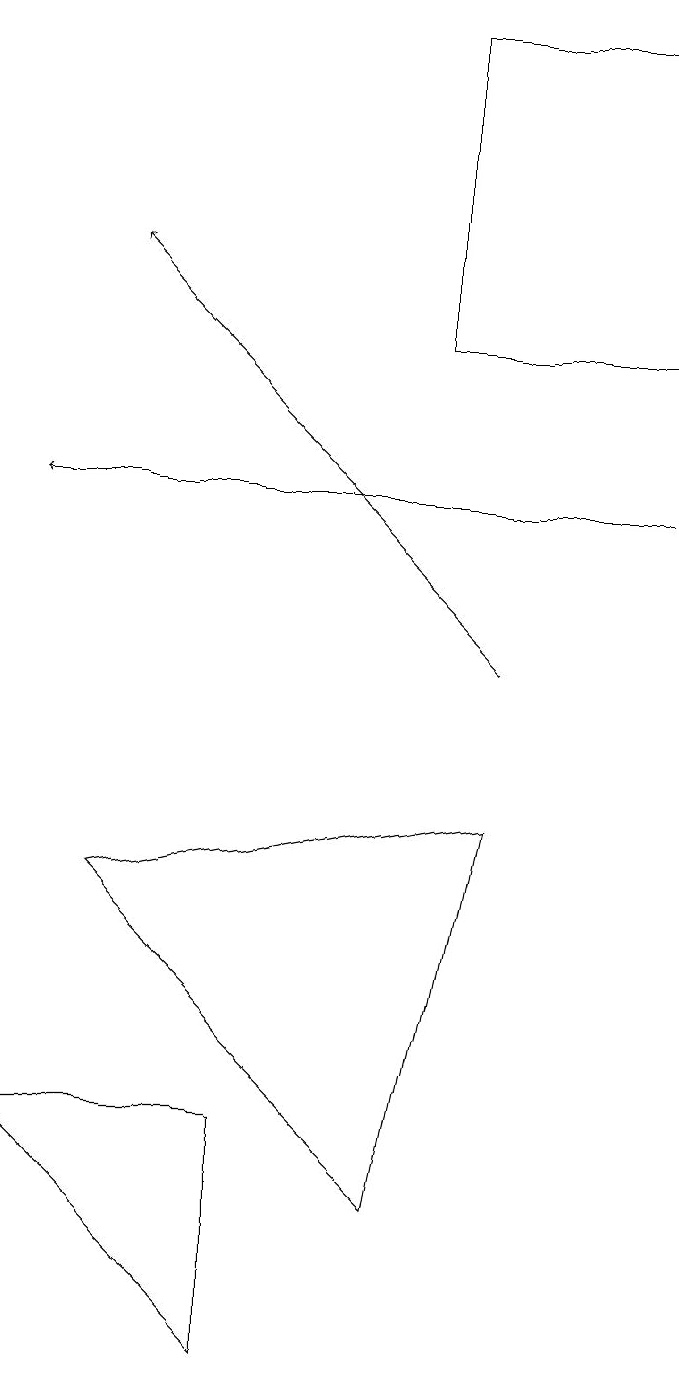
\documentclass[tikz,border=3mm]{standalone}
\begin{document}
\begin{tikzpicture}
\draw (5,15) rectangle (8,19);
\draw (5,4) -- (1,8) -- (6,9) -- cycle;
\draw[->] (8,13) -- (0,13);
\draw[->] (6,11) -- (1,16);
\draw (0,5) -- (3,2) -- (3,5) -- cycle;
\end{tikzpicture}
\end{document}